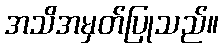
အသိအမှတ်ပြုသည်။